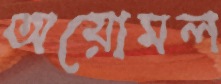
অয়োমল